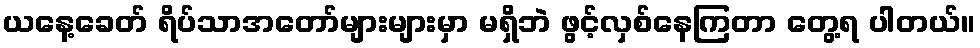
ယနေ့ခေတ် ရိပ်သာအတော်များများမှာ မရှိဘဲ ဖွင့်လှစ်နေကြတာ တွေ့ရ ပါတယ်။